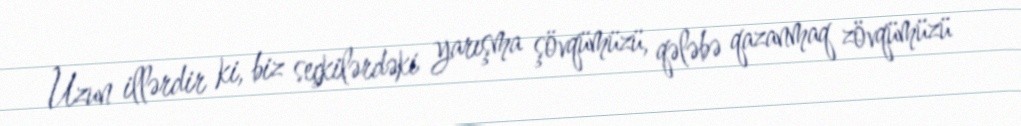
Uzun illərdir ki, biz seçkilərdəki yarışma şövqümüzü, qələbə qazanmaq zövqümüzü